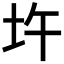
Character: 𡉦